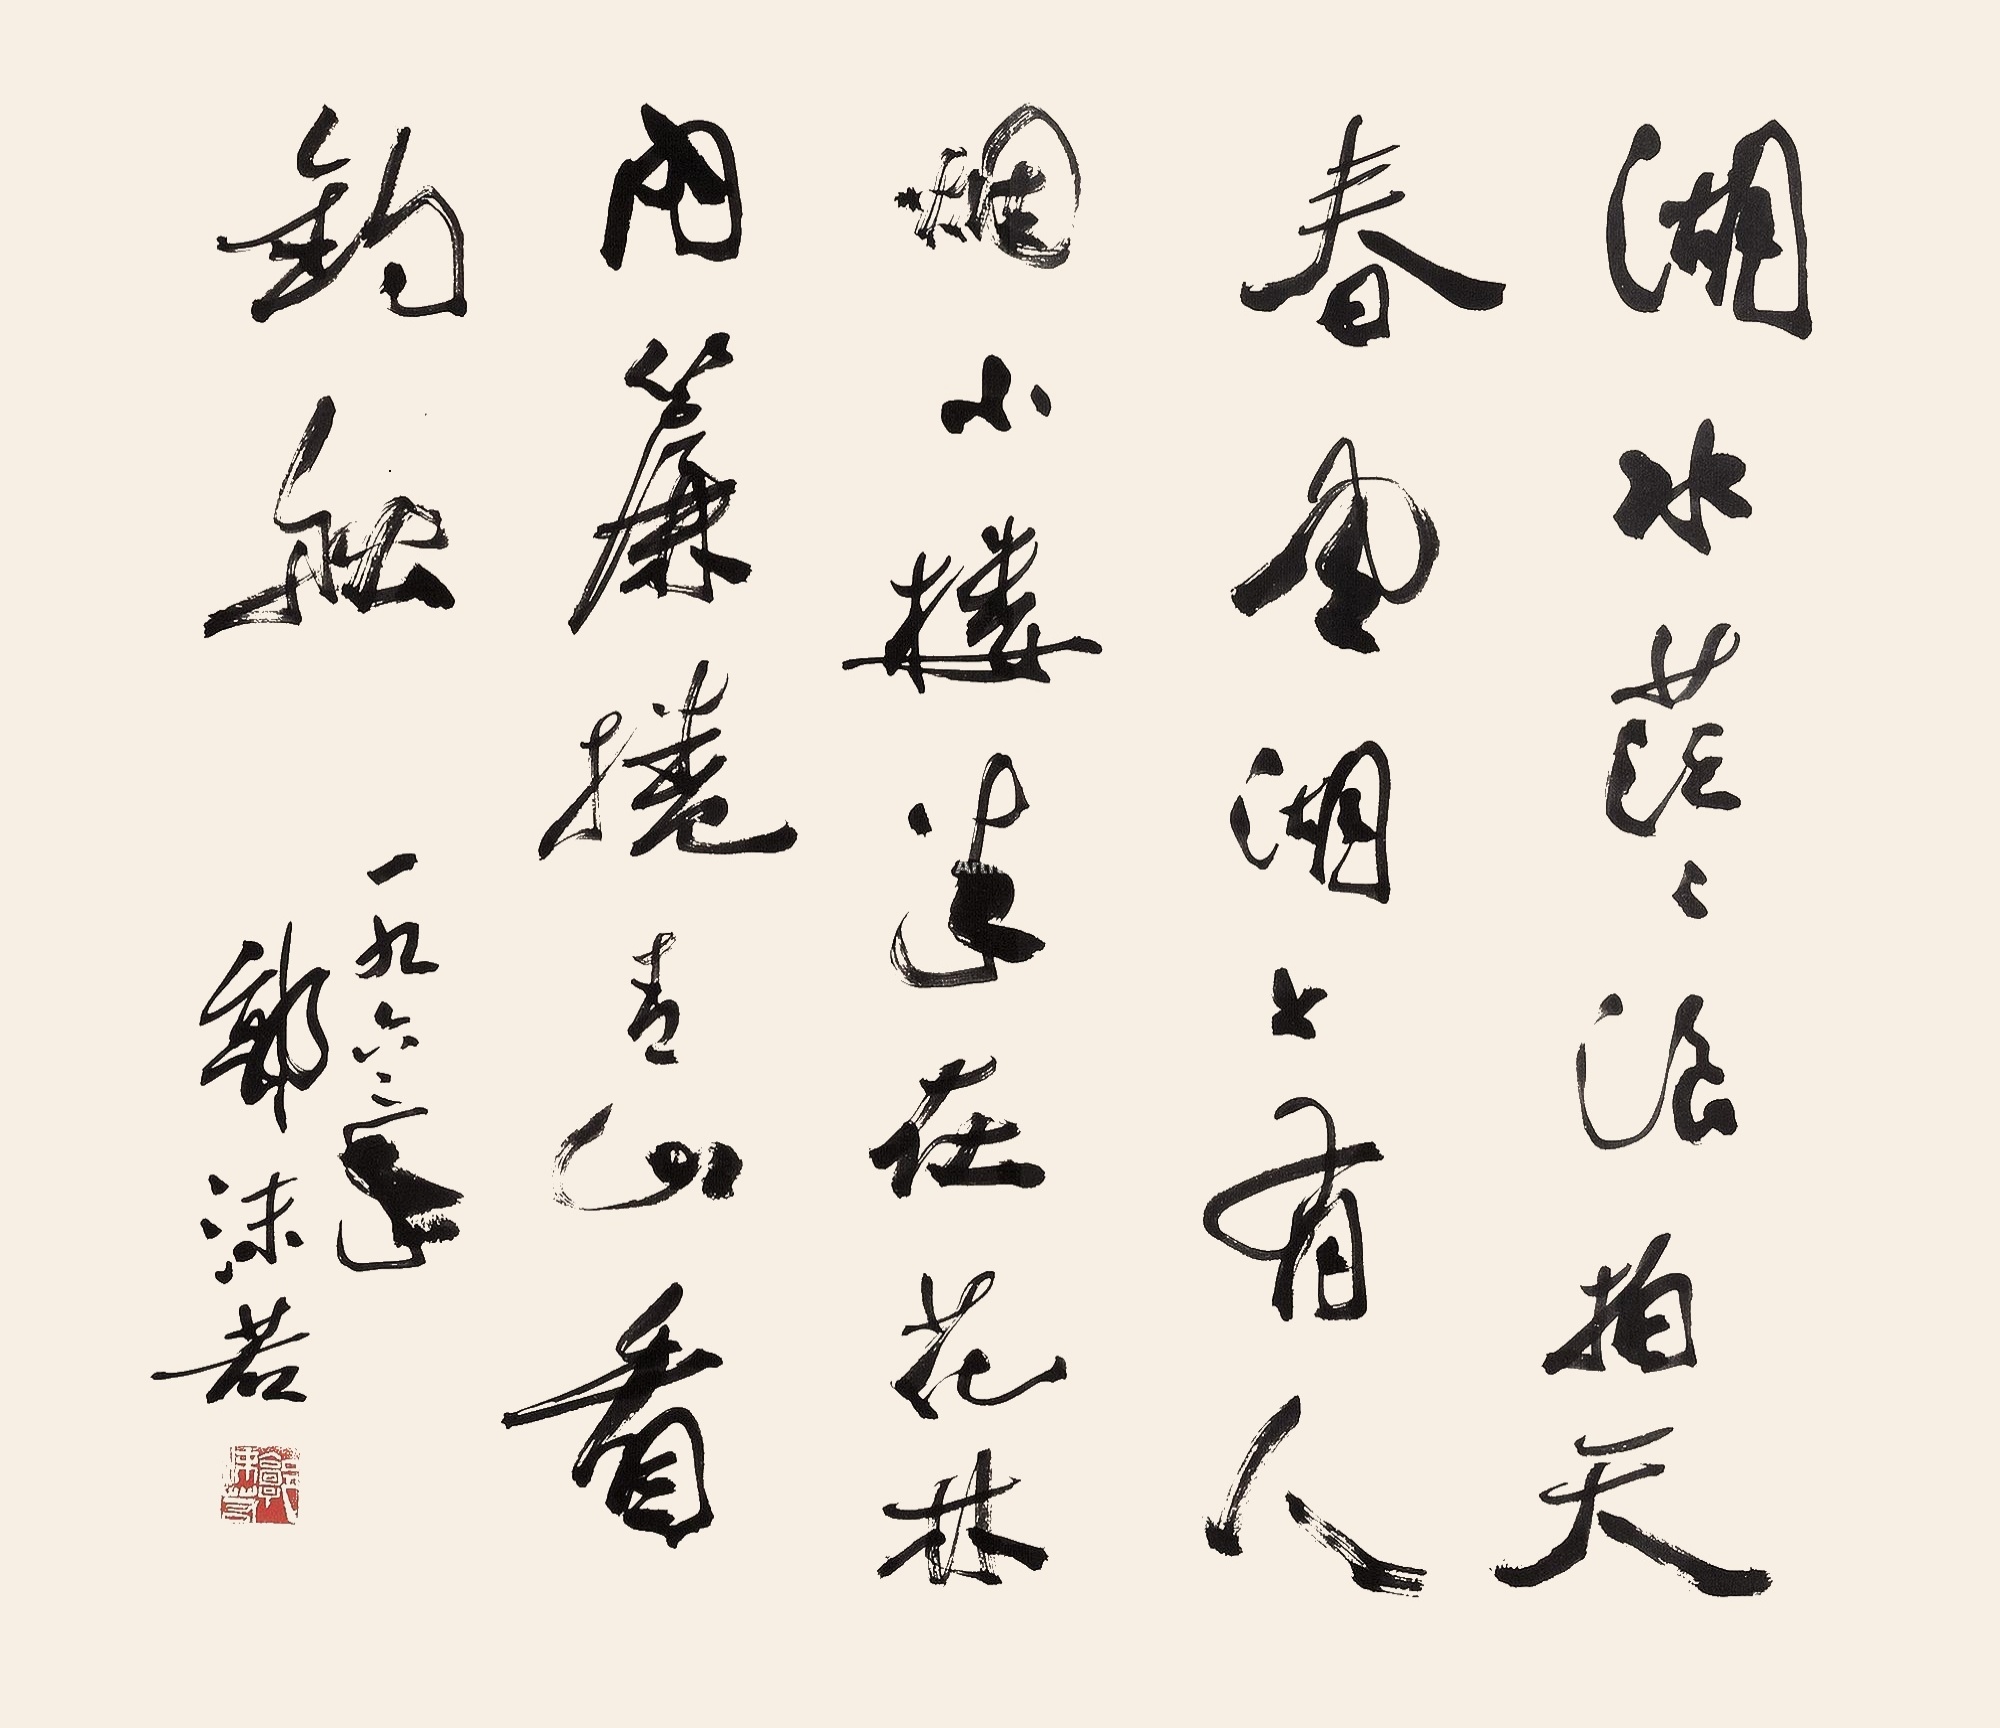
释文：湖水茫茫浪拍天，春风湖上有人烟。小楼半在花林内，帘卷青山看钓船。一九六三年，郭沫若。